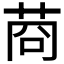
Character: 𦯶